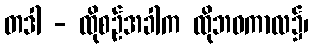
တဒါ - ထိုစဉ်အခါက ထိုဘဝကာလ၌၊